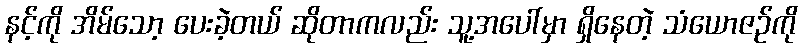
နင့်ကို အိမ်သော့ ပေးခဲ့တယ် ဆိုတာကလည်း သူ့အပေါ်မှာ ရှိနေတဲ့ သံယောဇဉ်ကို